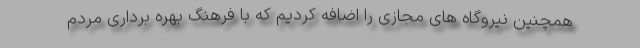
همچنین نیروگاه های مجازی را اضافه کردیم که با فرهنگ بهره برداری مردم